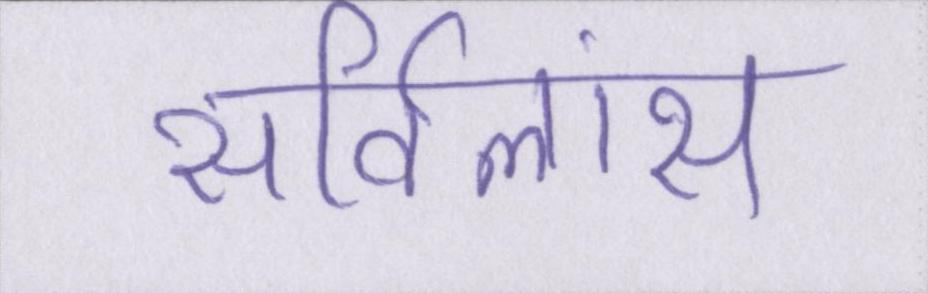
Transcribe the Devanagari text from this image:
सर्विलांस